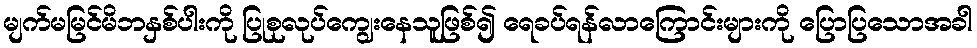
မျက်မမြင်မိဘနှစ်ပါးကို ပြုစုလုပ်ကျွေးနေသူဖြစ်၍ ရေခပ်ရန်လာကြောင်းများကို ပြောပြသောအခါ